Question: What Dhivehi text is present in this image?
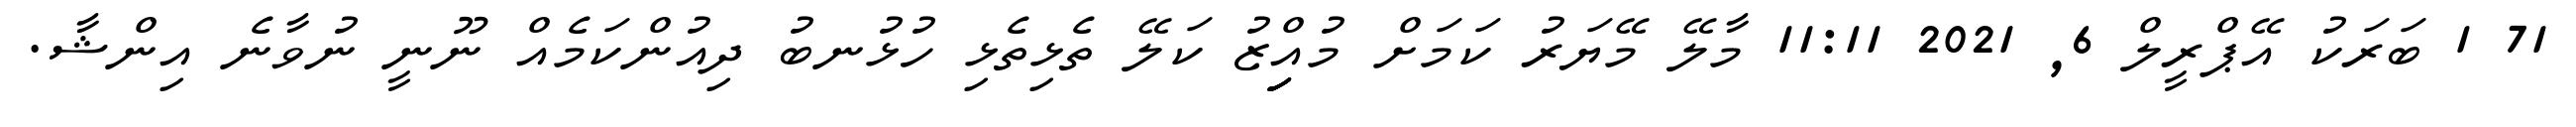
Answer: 71 1 ބަރަކު އޭޕްރީލް 6, 2021 11:11 މާލޭ މޭޔަރު ކަމަށް މުއިިިިިްޒު ކަލޭ ތެޅިތެޅި ހުޅުނބު ދިއުންކަމެއް ނޫނީ ނުވާނެ އިންޝާ.